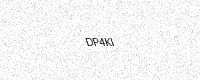
Text: DP4KI